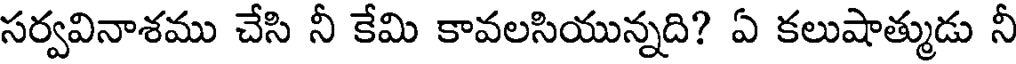
సర్వవినాశము చేసి నీ కేమి కావలసియున్నది? ఏ కలుషాత్ముడు నీ